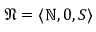
{ \mathfrak { N } } = \langle \mathbb { N } , 0 , S \rangle